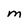
Character: M